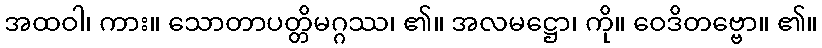
အထဝါ၊ ကား။ သောတာပတ္တိမဂ္ဂဿ၊ ၏။ အလမဋ္ဌော၊ ကို။ ဝေဒိတဗ္ဗော။ ၏။